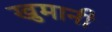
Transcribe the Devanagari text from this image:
खुमानी